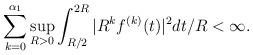
LaTeX: \begin{align*}\sum_{k = 0}^{\alpha_1} \sup_{R > 0} \int_{R/2}^{2R} |R^k f^{(k)}(t)|^2 dt/R < \infty.\end{align*}